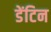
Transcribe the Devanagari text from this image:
डेंटिन